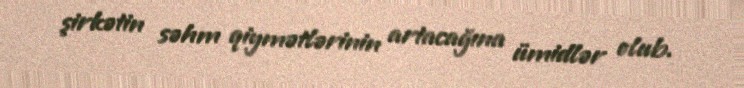
şirkətin səhm qiymətlərinin artacağına ümidlər olub.